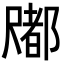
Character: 𡳤